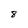
Character: 8